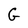
Character: G